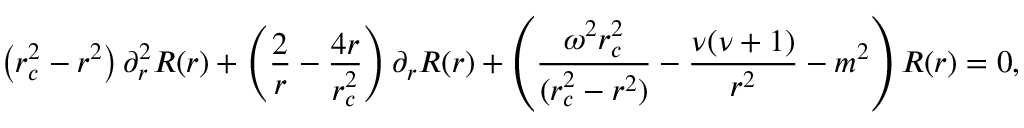
\left( r _ { c } ^ { 2 } - r ^ { 2 } \right) \partial _ { r } ^ { 2 } R ( r ) + \left( \frac { 2 } { r } - \frac { 4 r } { r _ { c } ^ { 2 } } \right) \partial _ { r } R ( r ) + \left( \frac { \omega ^ { 2 } r _ { c } ^ { 2 } } { ( r _ { c } ^ { 2 } - r ^ { 2 } ) } - \frac { \nu ( \nu + 1 ) } { r ^ { 2 } } - m ^ { 2 } \right) R ( r ) = 0 ,